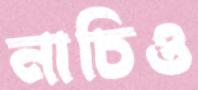
নাচিও